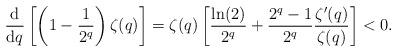
LaTeX: \begin{align*}\frac{\mathrm{d} }{\mathrm{d} q}\left[\left(1-\frac{1}{2^q}\right)\zeta(q)\right]=\zeta(q)\left[\frac{\ln(2)}{2^q}+\frac{2^q-1}{2^q}\frac{\zeta'(q)}{\zeta(q)}\right]<0.\end{align*}